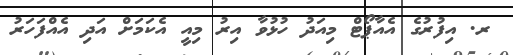
ރ. އިފުރުގެ އެއާޕޯޓް މިއަދު ހުޅުވާ އިރު މިއީ އެކަމަށް އަދި އެއްފަހަރު